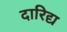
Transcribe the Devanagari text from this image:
दारिद्य